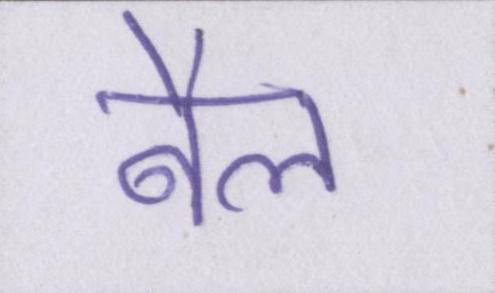
बैल